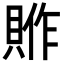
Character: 𮚈